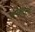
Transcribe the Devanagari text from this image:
अपेक्षापूर्ती